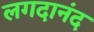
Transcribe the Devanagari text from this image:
लगदानंद